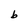
Character: b